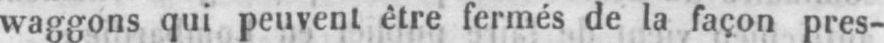
Waggons qui peuvent être fermés de la façon pres-